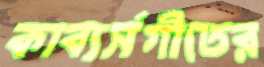
কাব্যর্সগীতের